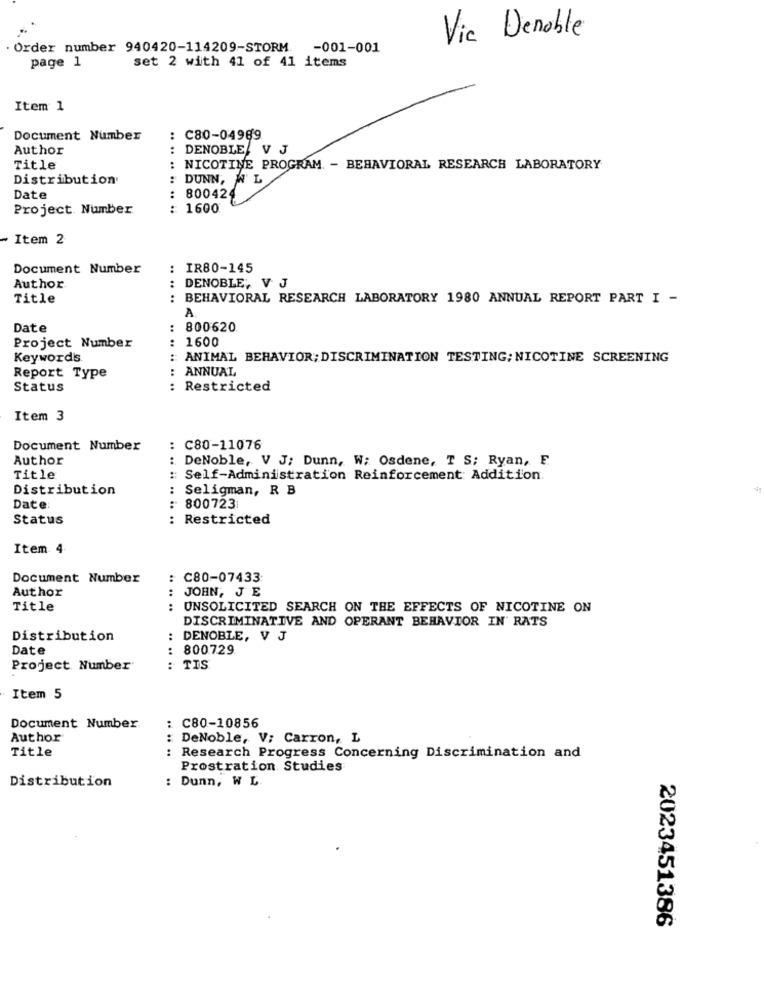
Vie Denoble
Order number 940420-114209-STORM. - 001-001
page 1
set 2 with 41 of 41 items
Item 1
Document Number
:C80-04989
Author
:
DENOBLE, V J
Title
NICOTINE PROGRAM - BEHAVIORAL RESEARCH LABORATORY
Distribution
DUNN, W L
Date
80042
Project Number
: :
.. ..
Item 2
Document Number
: IR80-145
Author
DENOBLE, V J
Title
BEHAVIORAL RESEARCH LABORATORY 1980 ANNUAL REPORT PART I -
.... ..
A
Date
:
800620
1600
Project Number
Keyword's
: ANIMAL BEHAVIOR; DISCRIMINATION TESTING; NICOTINE SCREENING
ANNUAL
Report Type
Status
: Restricted
Item 3
Document Number
: C80-11076
Author
: DeNoble, V J; Dunn, W; Osdene, T S; Ryan, F
Title
: Self-Administration Reinforcement Addition.
Distribution
Seligman, R B
Date
: 800723
Status
Restricted
. ..
Item 4
Document Number
: C80-07433
Author
JOHN, J E
Title
UNSOLICITED SEARCH ON THE EFFECTS OF NICOTINE ON
..
DISCRIMINATIVE AND OPERANT BEHAVIOR IN' RATS
Distribution
:
DENOBLE, V J
Date
:
800729
Project Number
: TIS
Item 5
Document Number.
: C80-10856
Author
: DeNoble, V; Carron, L
Title
: Research Progress Concerning Discrimination and
Prostration Studies
Distribution
: Dunn, W L.
2023451386